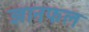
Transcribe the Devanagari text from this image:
ज्ञानफल